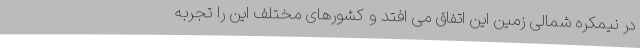
در نیمکره شمالی زمین این اتفاق می افتد و کشورهای مختلف این را تجربه